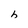
Character: h